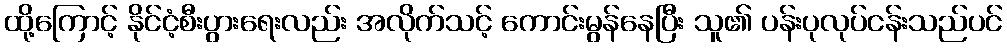
ထို့ကြောင့် နိုင်ငံ့စီးပွားရေးလည်း အလိုက်သင့် ကောင်းမွန်နေပြီး သူ၏ ပန်းပုလုပ်ငန်းသည်ပင်